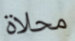
محلاة